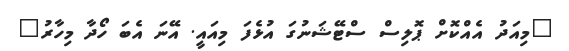
"މިއަދު އެއްކޮށް ޕޮލިސް ސްޓޭޝަނުގަ އުޅެފަ މިއައީ. އޭނަ އެބަ ހޯދާ މިހާރު"